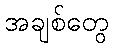
အချစ်တွေ